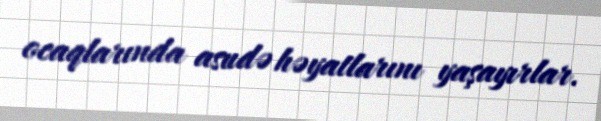
ocaqlarında asudə həyatlarını yaşayırlar.